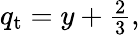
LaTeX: \begin{array}{r}{q_{\mathrm{t}}=y+\frac{2}{3},}\end{array}